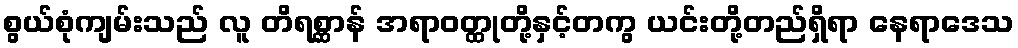
စွယ်စုံကျမ်းသည် လူ တိရစ္ဆာန် အရာဝတ္ထုတို့နှင့်တကွ ယင်းတို့တည်ရှိရာ နေရာဒေသ